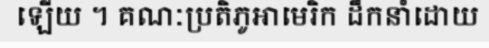
ឡើយ ។ គណៈប្រតិភូអាមេរិក ដឹកនាំដោយ